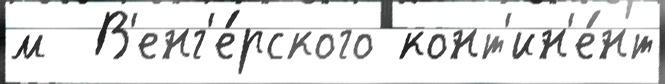
м  В'енг'е́рского конт'ин'е́нт